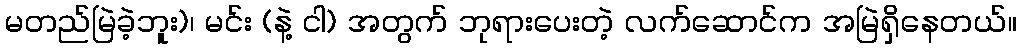
မတည်မြဲခဲ့ဘူး)၊ မင်း (နဲ့ ငါ) အတွက် ဘုရားပေးတဲ့ လက်ဆောင်က အမြဲရှိနေတယ်။